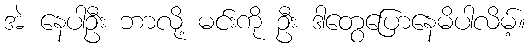
အဲ နေပါဦး ဘာလို့ မင်းကို ဦး ဒါတွေပြောနေမိပါလိမ့်။